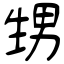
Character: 甥